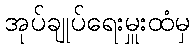
အုပ်ချုပ်ရေးမှူးထံမှ